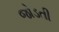
જોડતી